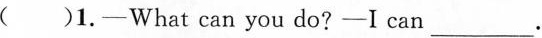
( )1. ——What can you do? ——I can ___ .